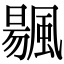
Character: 䬗